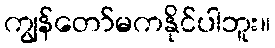
ကျွန်တော်မကနိုင်ပါဘူး။